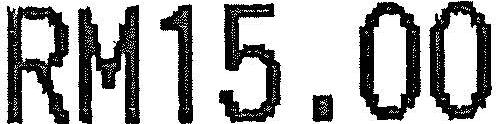
RM15.00